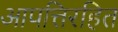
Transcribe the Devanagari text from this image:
आपत्तिरहित